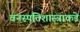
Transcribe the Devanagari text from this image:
वनस्पतिशास्त्राकडे